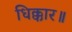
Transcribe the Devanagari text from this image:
धिक्कार॥